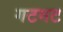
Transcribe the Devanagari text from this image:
गटगट